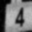
Digit: 4